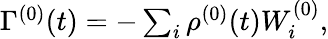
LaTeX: \begin{array}{r}{\Gamma^{(0)}(t)=-\sum_{i}\rho^{(0)}(t)W_{i}^{(0)},}\end{array}